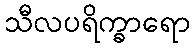
သီလပရိက္ခာရော